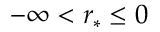
- \infty < r _ { * } \le 0